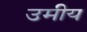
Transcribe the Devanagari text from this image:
उमीय